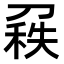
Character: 𠞠